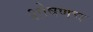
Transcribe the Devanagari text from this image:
शोषणच